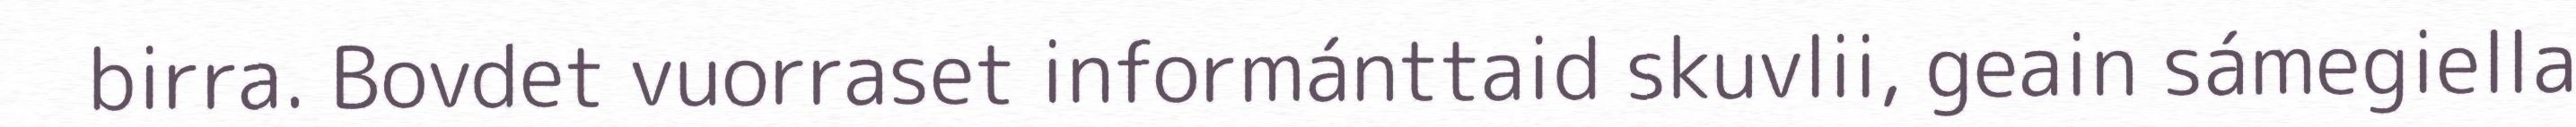
birra. Bovdet vuorraset informánttaid skuvlii, geain sámegiella